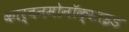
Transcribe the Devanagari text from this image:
कार्बनमोनॉक्साइड